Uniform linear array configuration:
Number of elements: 16
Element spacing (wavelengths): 1
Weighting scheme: exponential
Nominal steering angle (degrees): -30
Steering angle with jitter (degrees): -31.146
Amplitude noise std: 0.05
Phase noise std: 0.05

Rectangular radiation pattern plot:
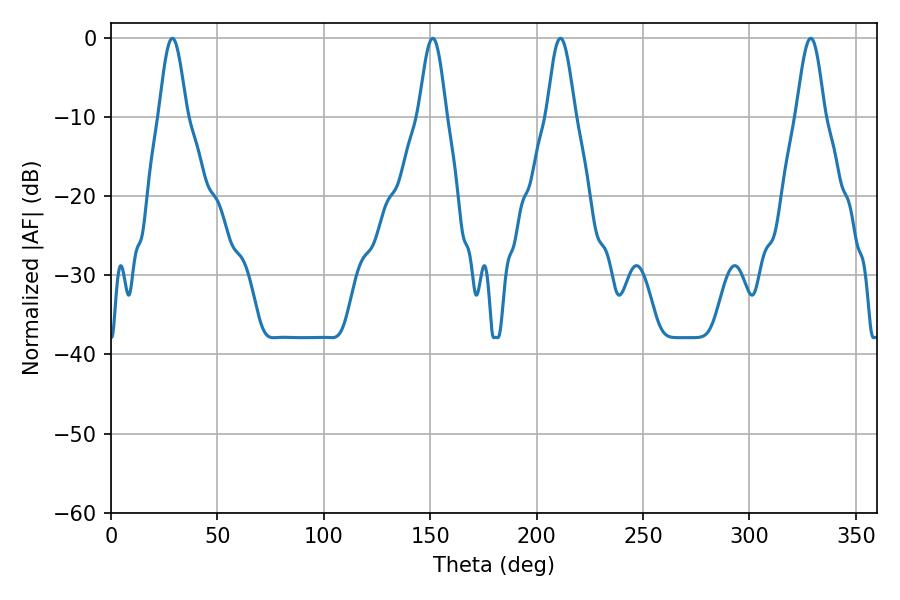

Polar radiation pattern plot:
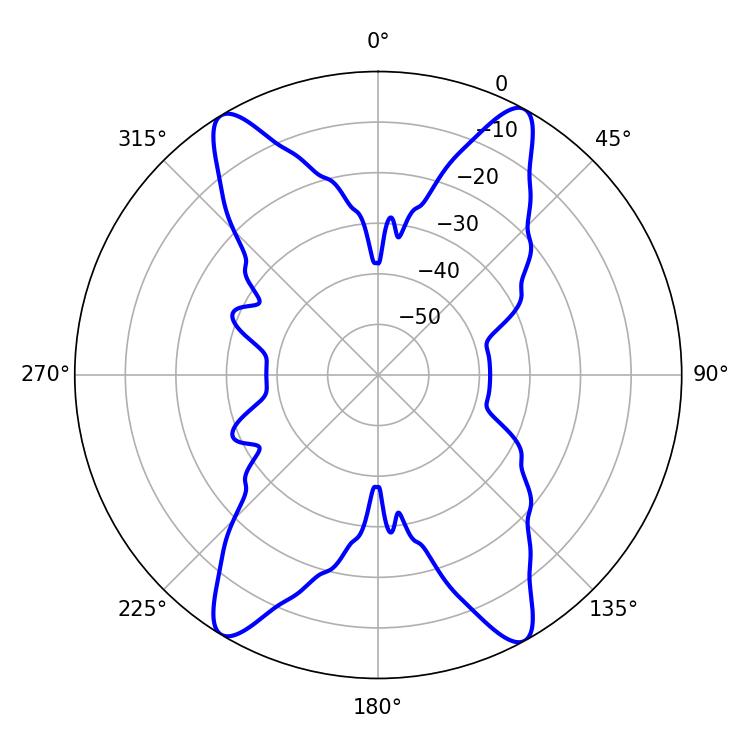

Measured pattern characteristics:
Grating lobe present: TRUE
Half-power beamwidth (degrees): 7.02
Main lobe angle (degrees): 28.8